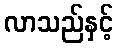
လာသည်နှင့်